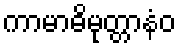
ကာမာဓိမုတ္တာနံဝ